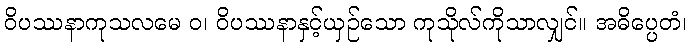
ဝိပဿနာကုသလမေ ဝ၊ ဝိပဿနာနှင့်ယှဉ်သော ကုသိုလ်ကိုသာလျှင်။ အဓိပ္ပေတံ၊